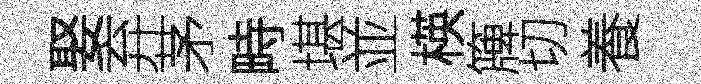
娶弃茅畤堪並楧簰切養